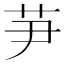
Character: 芛